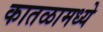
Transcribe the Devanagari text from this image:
कातळामध्ये